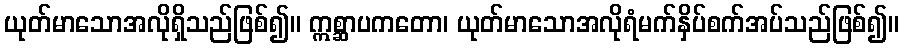
ယုတ်မာသောအလိုရှိသည်ဖြစ်၍။ ဣစ္ဆာပကတော၊ ယုတ်မာသောအလိုရံမက်နှိပ်စက်အပ်သည်ဖြစ်၍။